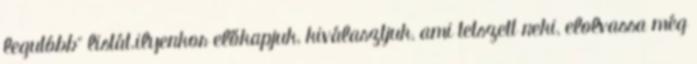
legutóbb" listát.ilyenkor előkapjuk, kiválasztjuk, ami tetszett neki, elolvassa még